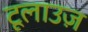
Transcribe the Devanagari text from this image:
टूलाउज़